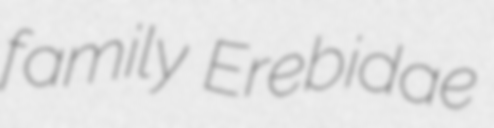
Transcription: family Erebidae